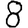
Digit: 8